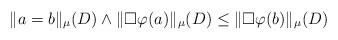
LaTeX: \begin{align*}\|a=b\|_{\mu}(D) \wedge \|\Box \varphi(a)\|_{\mu} (D)\leq \|\Box \varphi(b)\|_{\mu} (D)\end{align*}